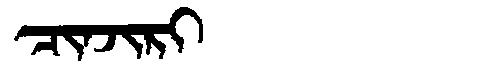
Manchu: ᠴᡳᠨᠵᡳᡵᡳ
Romanization: CINJIRI